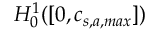
H _ { 0 } ^ { 1 } ( [ 0 , c _ { s , a , m a x } ] )